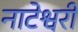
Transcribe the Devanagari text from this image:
नाटेश्वरी